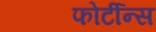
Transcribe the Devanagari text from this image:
फोर्टीन्स